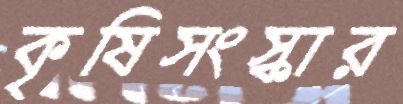
কৃষিসংস্কার